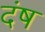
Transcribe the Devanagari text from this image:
दंष